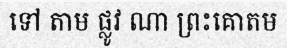
ទៅ តាម ផ្លូវ ណា ព្រះគោតម